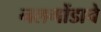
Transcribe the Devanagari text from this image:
नलगोंडाचे